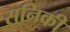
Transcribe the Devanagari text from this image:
सनिकी